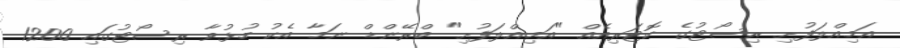
އަމިއްލަފުށި ރިސޯޓުގެ ކޮޓަރިއެއް "އަމިއްލަފުށި" ބްރޭންޑް ނަމާ އެކު ހުޅުވާ ރިސޯޓުގައި 1200